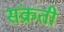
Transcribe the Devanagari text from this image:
संक्रती